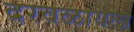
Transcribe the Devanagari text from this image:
दरवळायला